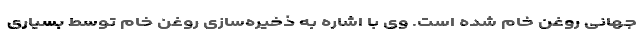
جهانی روغن خام شده است. وی با اشاره به ذخیره‌سازی روغن خام توسط بسیاری